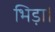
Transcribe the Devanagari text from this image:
भिड़ा।